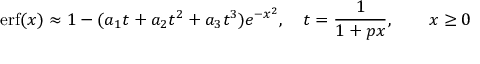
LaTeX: \operatorname { e r f } ( x ) \approx 1 - ( a _ { 1 } t + a _ { 2 } t ^ { 2 } + a _ { 3 } t ^ { 3 } ) e ^ { - x ^ { 2 } } , \quad t = { \frac { 1 } { 1 + p x } } , \qquad x \geq 0